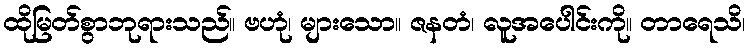
ထိုမြတ်စွာဘုရားသည်။ ဗဟုံ၊ များသော။ ဇနတံ၊ လူအပေါင်းကို။ တာရေသိ၊